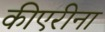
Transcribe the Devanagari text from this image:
कीएरीना